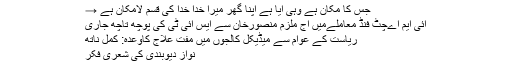
جس کا مکان ہے وہی آیا ہے اپنا گھر میرا خدا خدا کی قسم لامکان ہے →
آئی ایم اےچٹ فنڈ معاملےمیں آج ملزم منصورخان سے ایس آئی ٹی کی پوچھ تاچھ جاری
ریاست کے عوام سے میڈیکل کالجوں میں مفت علاج کاوعدہ: کمل ناتھ
نواز دیوبندی کی شعری فکر